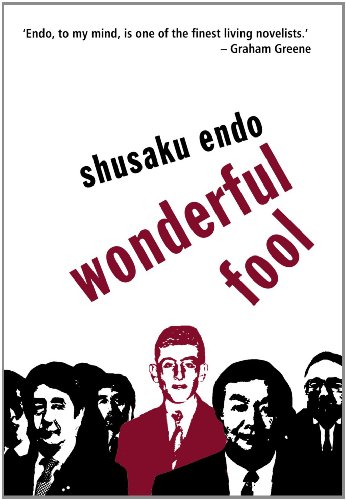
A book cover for Wonderful Fool (Peter Owen Modern Classic); Shusaku Endo; Literature & Fiction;